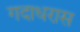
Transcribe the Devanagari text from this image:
गदाधरास